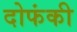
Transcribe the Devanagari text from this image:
दोफंकी